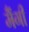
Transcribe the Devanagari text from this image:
मैंगी